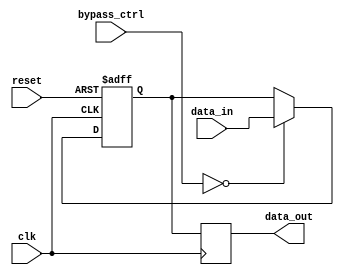
module bypass_register (
  input [3:0] data_in,
  input [3:0] bypass_ctrl,
  input clk,
  input reset,
  output reg [3:0] data_out
);

reg [3:0] register_data;

always @(posedge clk or posedge reset) begin
  if (reset) begin
    register_data <= 4'b0;
  end else begin
    if (bypass_ctrl == 4'b0) begin
      register_data <= data_in;
    end
  end
end

always @(posedge clk) begin
  data_out <= register_data;
end

endmodule